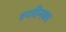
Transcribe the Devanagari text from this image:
स्प्लीनवर